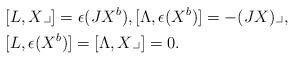
LaTeX: \begin{align*}&[L,X\lrcorner ]=\epsilon(JX^b),[\Lambda,\epsilon(X^b)]=- (JX)\lrcorner , \\&[L,\epsilon(X^b)]=[\Lambda,X\lrcorner ]=0.\end{align*}